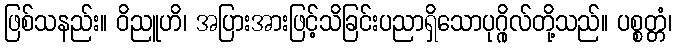
ဖြစ်သနည်း။ ဝိညူဟိ၊ အပြားအားဖြင့်သိခြင်းပညာရှိသောပုဂ္ဂိုလ်တို့သည်။ ပစ္စတ္တံ၊